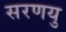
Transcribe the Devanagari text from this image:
सरणयु